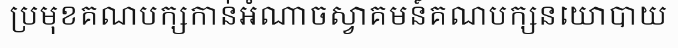
ប្រមុខគណបក្សកាន់អំណាចស្វាគមន៍គណបក្សនយោបាយ